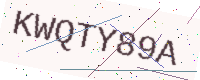
Text: KWQTY89A